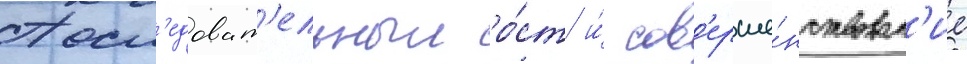
Посл'едоват'ельныи ро́ст и́ сов'ерше́нствован'ие